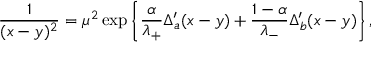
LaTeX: \frac { 1 } { ( x - y ) ^ { 2 } } = \mu ^ { 2 } \exp \left\{ \frac { \alpha } { \lambda _ { + } } \Delta _ { a } ^ { \prime } ( x - y ) + \frac { 1 - \alpha } { \lambda _ { - } } \Delta _ { b } ^ { \prime } ( x - y ) \right\} ,